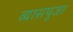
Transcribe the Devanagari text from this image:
व्यासपूजा